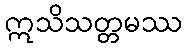
ဣသိသတ္တမဿ